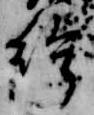
給